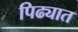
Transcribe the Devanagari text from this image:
पिढ्यात